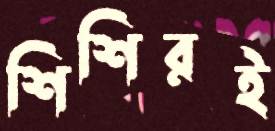
শিশিরই